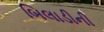
બિલાડીની